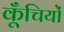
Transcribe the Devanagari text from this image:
कूँचियों